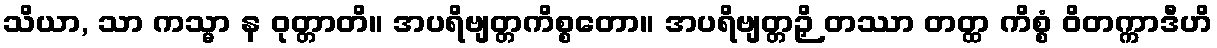
သိယာ, သာ ကသ္မာ န ဝုတ္တာတိ။ အပရိဗျတ္တကိစ္စတော။ အပရိဗျတ္တဉှိ တဿာ တတ္ထ ကိစ္စံ ဝိတက္ကာဒီဟိ